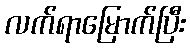
လက်ရာမြောက်ပြီး